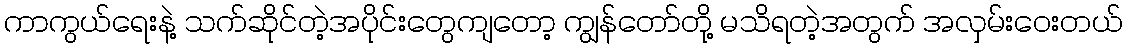
ကာကွယ်ရေးနဲ့ သက်ဆိုင်တဲ့အပိုင်းတွေကျတော့ ကျွန်တော်တို့ မသိရတဲ့အတွက် အလှမ်းဝေးတယ်